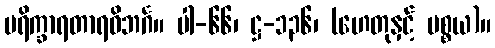
ပရိက္ခာရတာရဝိဘင်္ဂ။ ပါ-၆၆၊ ဋ္ဌ-၁၃၆၊ (ဟေတုနှင့် ပစ္စယ)။